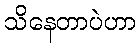
သိနေတာပဲဟာ